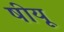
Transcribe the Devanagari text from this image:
षीयू